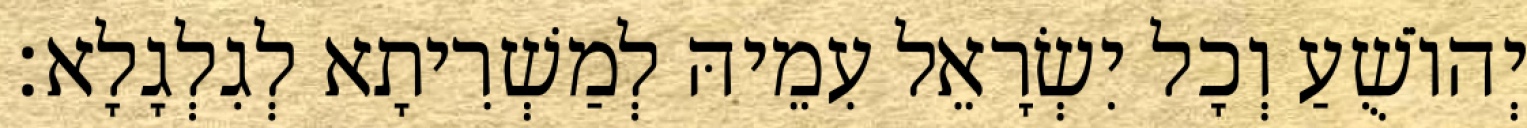
יְהוֹשֻׁעַ וְכָל יִשְׂרָאֵל עִמֵיהּ לְמַשְׁרִיתָא לְגִלְגָלָא׃